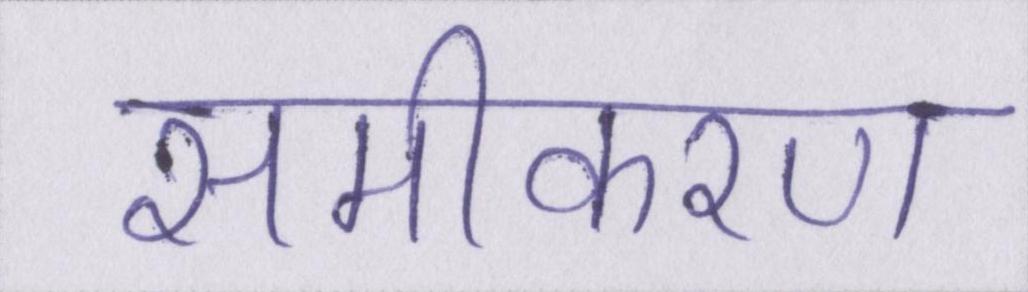
समीकरण